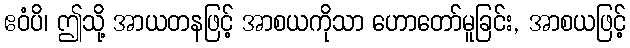
ဧဝံပိ၊ ဤသို့ အာယတနဖြင့် အာစယကိုသာ ဟောတော်မူခြင်း, အာစယဖြင့်